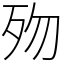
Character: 歾